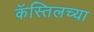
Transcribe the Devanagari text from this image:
कॅस्तिलच्या